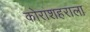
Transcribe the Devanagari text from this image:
कोराशहराला